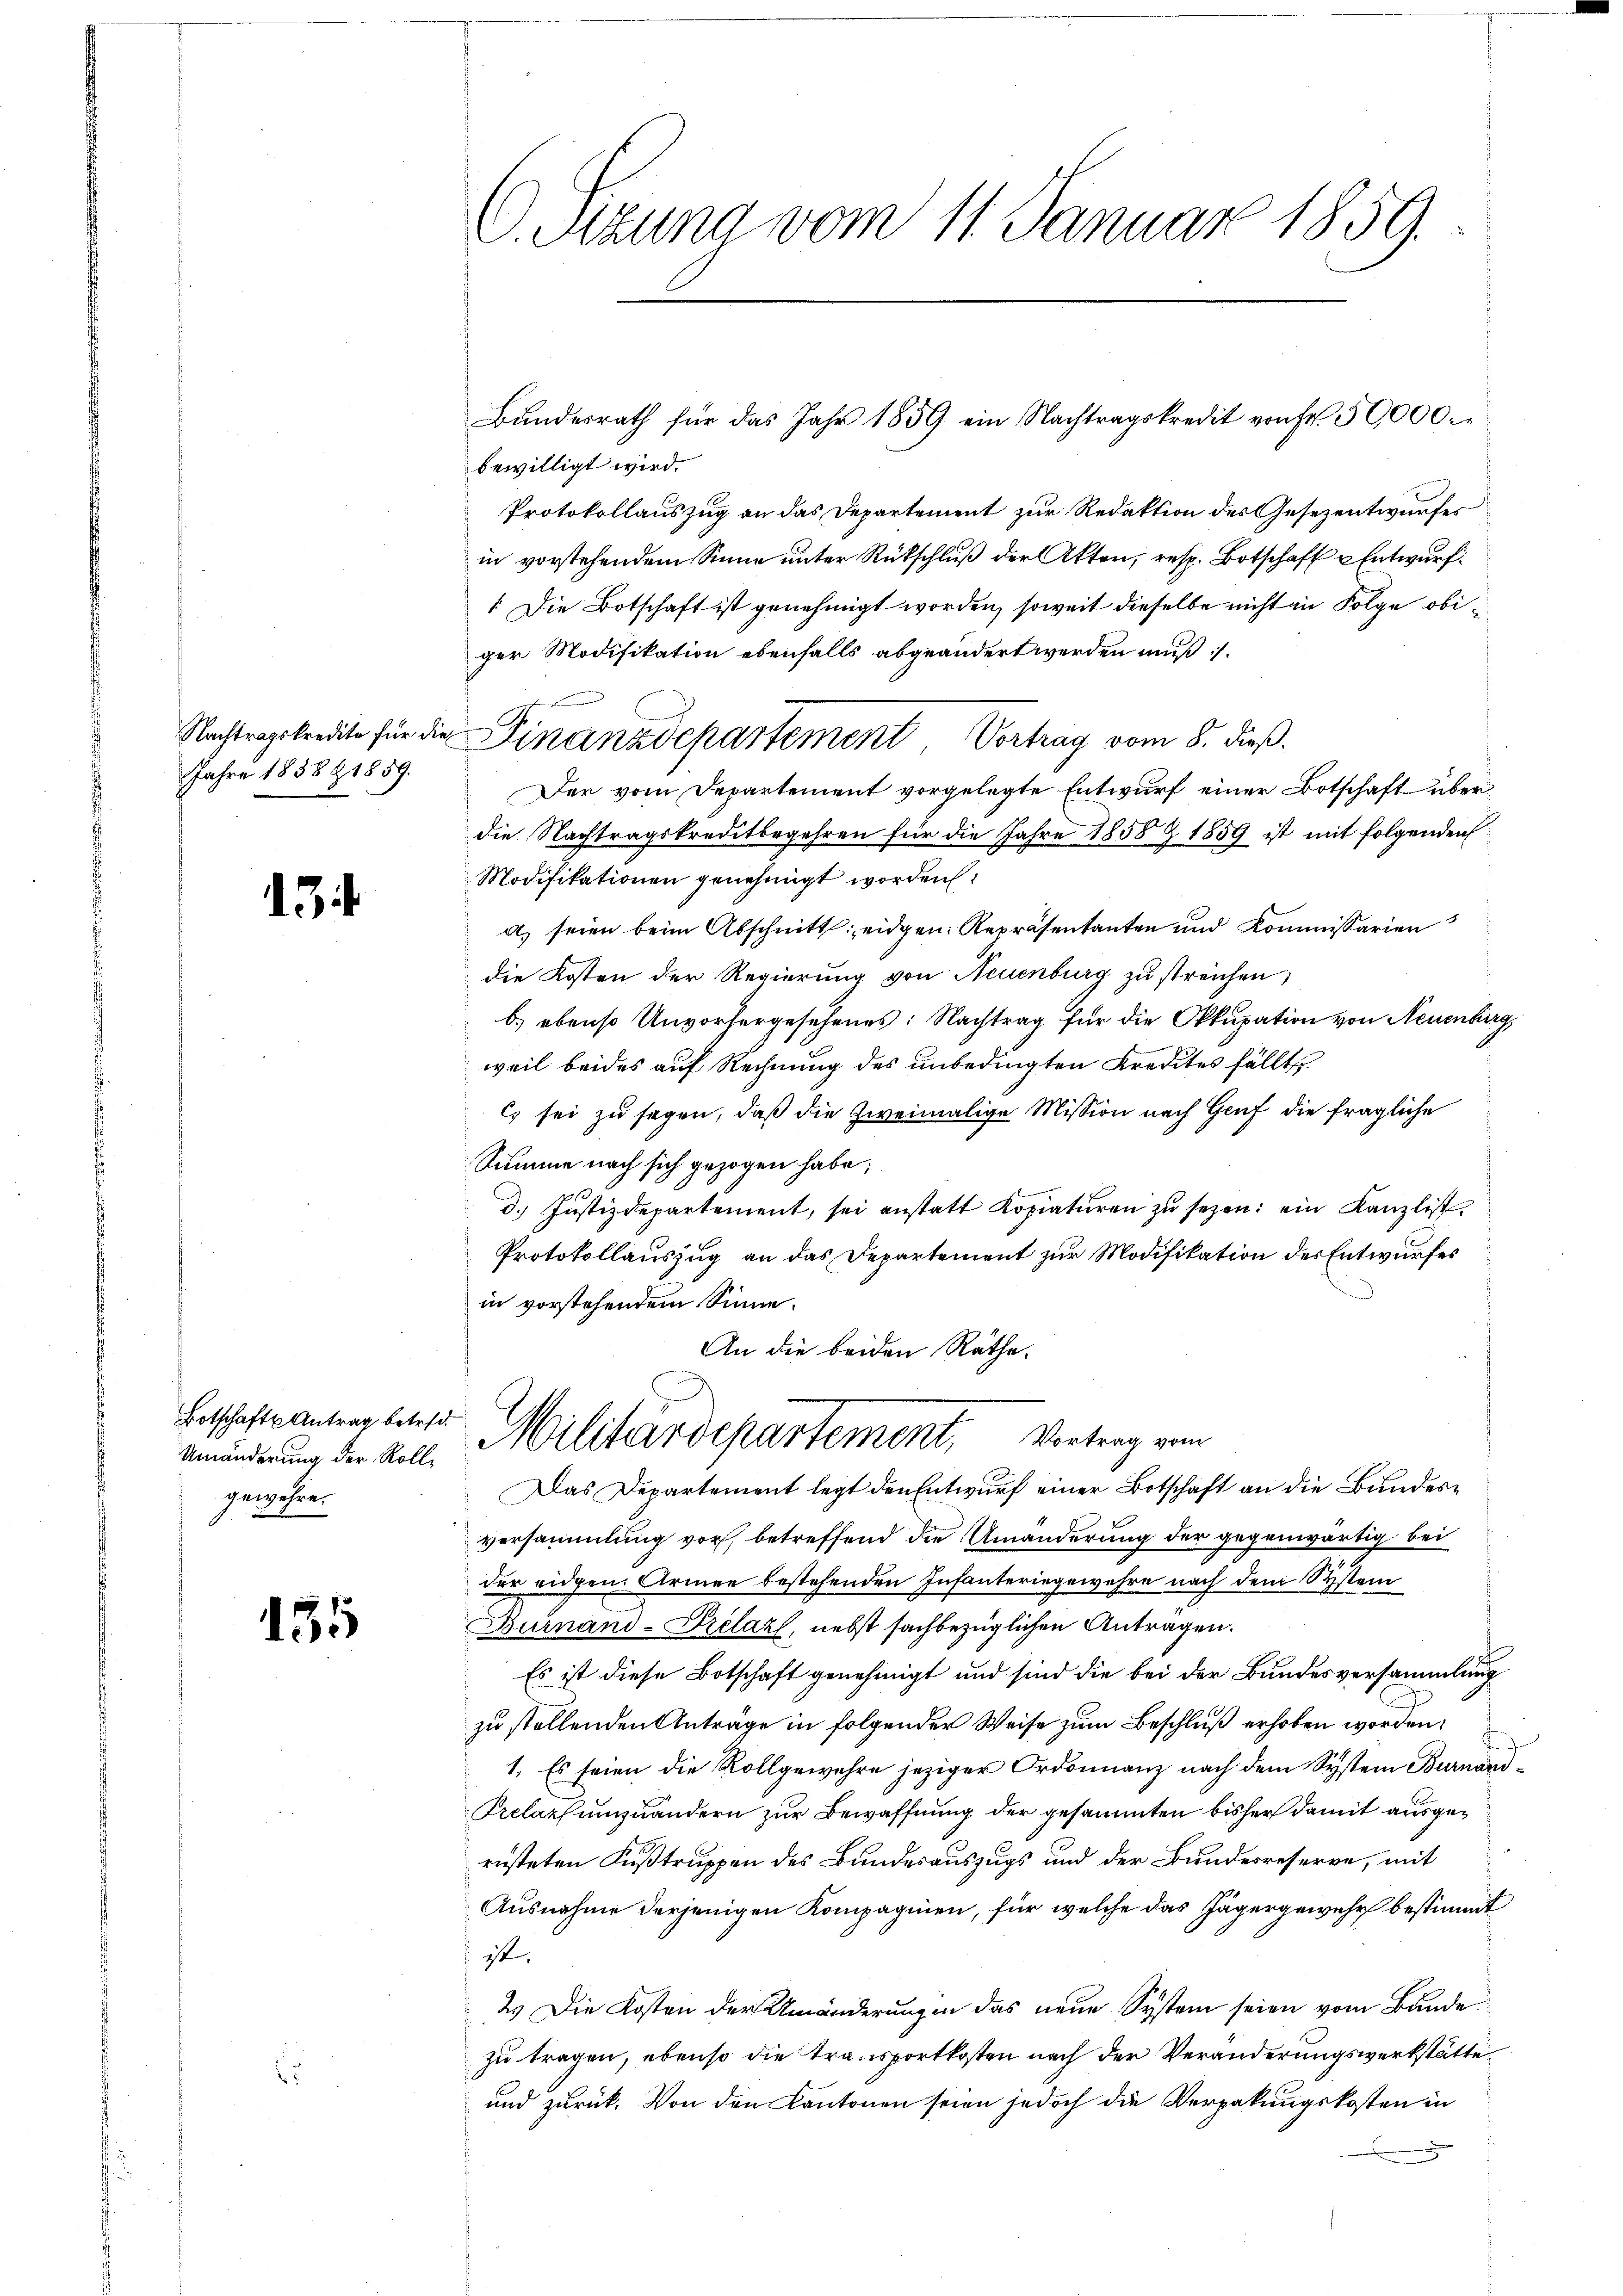
Jahre 1858 & 1859.

1

Botschafts Antrag betret
gewähre.

135

C. Sitzung vom 11. Januar 1859.

bewilligt wird.
Protokollauszug an das Departement zur Redaktion des Gesezentwurfes
in vorstehendem Sinne unter Rückschluß der Akten, resp. Botschaft u. Entwurf.
". Die Botschaft ist genehmigt worden, soweit dieselbe nicht in Folge obiger Modifikation ebenfalls abgeändert werden muß.
Der vom Departement vorgelegte Entwurf einer Botschaft überdie Nachtragskreditbegehren für die Jahre 1858 Z 1859 ist mit folgenden
Modifikationen genehmigt worden:
a) seien beim Abschnitt eidgen: Repräsentanten und Kommissarien
die Kosten der Regierung von Neuenburg zu streichen,
b) ebenso Unvorhergesehenes: Nachtrag für die Okkupation von Neuenber
weil beides auf Rechnung des unbedingten Kredites fällt
Es sei zu sagen, daß die zweimalige Mission nach Genf die fragliche
Summe nach sich gezogen habe;
d. Justizdepartement, sei anstatt Kopiaturen zŭ sezen: ein Kanzlist
Protokollauszug an das Departement zur Modifikation der Entwurfes
in vorstehendem Sinne.
An die beiden Räthe.
Amanderung der Kolle Militärdepartement, Vortrag vom
Das Departement legt den Entwurf einer Botschaft an die Bundesversammlung vor, betreffend die Umänderung der gegenwärtig bei
der eidgen. Armen bestehenden Infanteringewehre nach dem Systein
Burnand-Prelaz, nebst sachbezüglichen Anträgen.
Es ist diese Botschaft genehmigt und sind die bei der Bundesversammlung
zu stellenden Antrage in folgender Weise zum Beschluß erhoben worden,
1. Es seien die Rollgewehre jeziger Ordonnanz nach dem System Burnan
Prelars umzuändern zur Bewaffnung der gesammten bisher damit ausgerüsteten Fußtruppen des Bundesauszugs und der Bundesreserve, mit
Ausnahme derjenigen Kompagnien, für welche das Jägergewehr bestimmt
ist.
2) Die Kosten der Umänderungen das neue System seien vom Bunde
zu tragen, ebenso die Transportkosten nach der Veränderungswerkstätte.
und zurück. Von den Kantonen seien jedoch die Verpakungskosten in

Nachtragskredite für die Finanzdepartement Vortrag vom 8. dieß.

Bŭndesrath für das Jahr 1859 ein Nachtragskredit von Fr. 50000